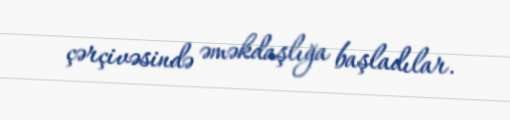
çərçivəsində əməkdaşlığa başladılar.